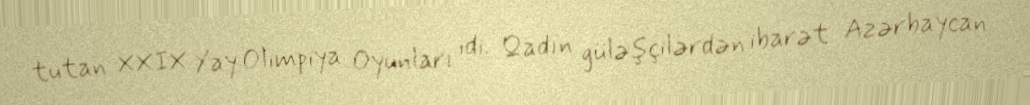
tutan XXIX Yay Olimpiya Oyunları idi. Qadın güləşçilərdən ibarət Azərbaycan